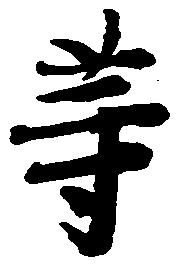
等